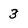
Character: 3